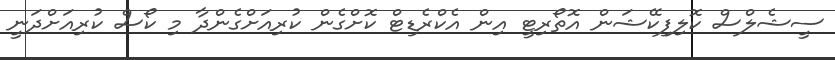
ސީޝެލްސް ކޮލިފިކޭޝަން އޮތޯރިޓީ އިން އެކްރެޑިޓް ކޮށްގެން ކުރިއަށްގެންދާ މި ކޯސް ކުރިއަށްދަނީ